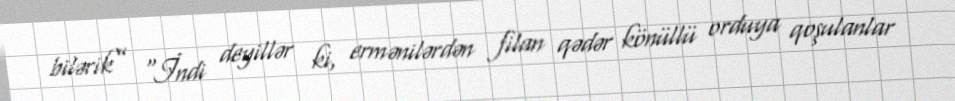
bilərik” “İndi deyillər ki, ermənilərdən filan qədər könüllü orduya qoşulanlar